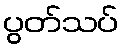
ပွတ်သပ်